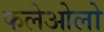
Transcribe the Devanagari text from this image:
फलेओलो